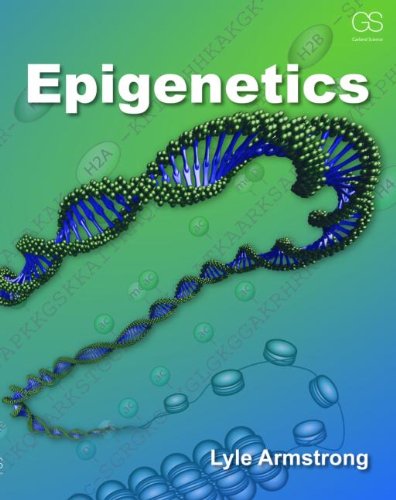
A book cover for Epigenetics; Lyle Armstrong; Computers & Technology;